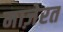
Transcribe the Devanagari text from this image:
माज़ेरत